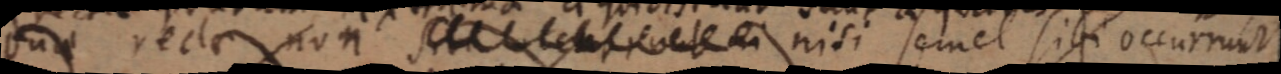
duae rectae non _ nisi semel sibi occurrunt